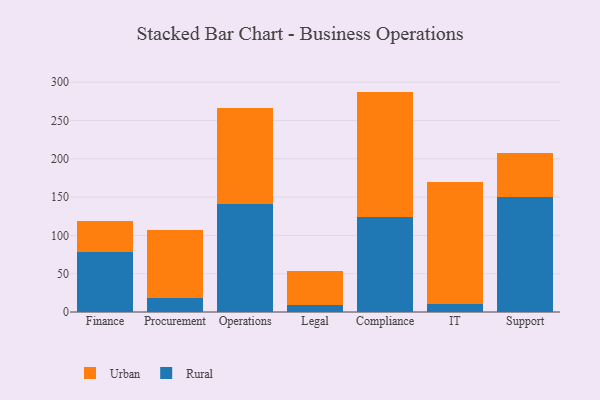
{"axis": {"x": "Department", "y": "Temperature (°C)"}, "legend": ["Rural", "Urban"], "data": [{"x": "Finance", "y": 78.9, "type": "Rural"}, {"x": "Finance", "y": 40.4, "type": "Urban"}, {"x": "Procurement", "y": 18.7, "type": "Rural"}, {"x": "Procurement", "y": 88.0, "type": "Urban"}, {"x": "Operations", "y": 140.9, "type": "Rural"}, {"x": "Operations", "y": 124.8, "type": "Urban"}, {"x": "Legal", "y": 9.3, "type": "Rural"}, {"x": "Legal", "y": 44.5, "type": "Urban"}, {"x": "Compliance", "y": 124.6, "type": "Rural"}, {"x": "Compliance", "y": 163.1, "type": "Urban"}, {"x": "IT", "y": 10.7, "type": "Rural"}, {"x": "IT", "y": 158.6, "type": "Urban"}, {"x": "Support", "y": 149.5, "type": "Rural"}, {"x": "Support", "y": 57.6, "type": "Urban"}]}